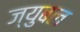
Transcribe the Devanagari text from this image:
ज्युबल